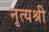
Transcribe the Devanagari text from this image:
नृत्यश्री